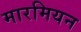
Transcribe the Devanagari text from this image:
मारमियन